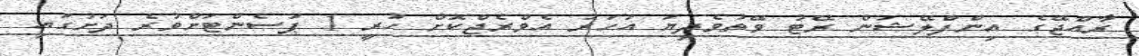
ރާއްޖޭގެ އިންފްލޭޝަން ރޭޓު ވޭތުވެދިޔަ އަހަރު އެވްރެޖްކޮށް ހުރީ 1 ޕަސެންޓަށްވުރެ ދަށުގައި